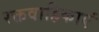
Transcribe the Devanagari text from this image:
रक्तवाहिकाएं